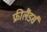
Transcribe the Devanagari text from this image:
फ्रीलैंडर्स